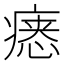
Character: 𪽷